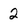
Character: 2